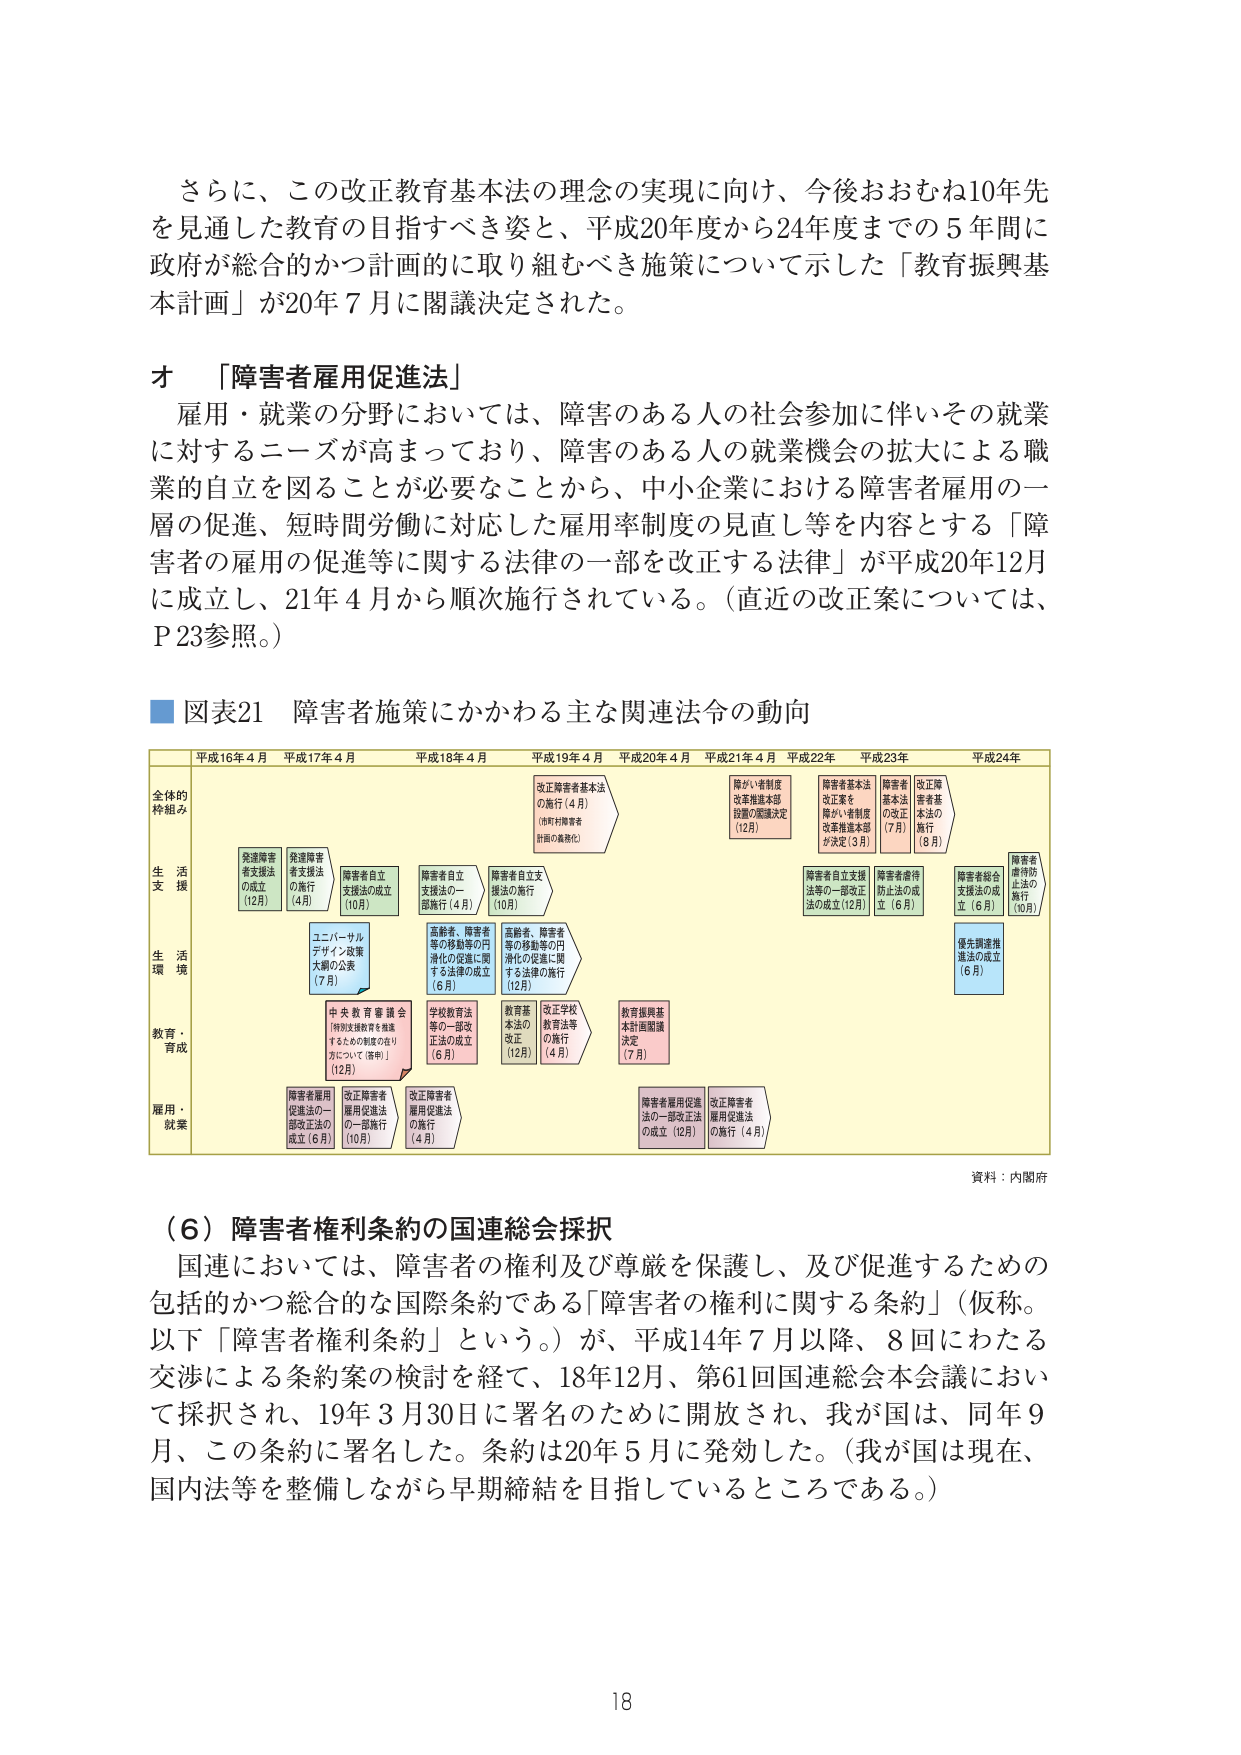
さらに、この改正教育基本法の理念の実現に向け、今後おおむね10年先を見通した教育の目指すべき姿と、平成20年度から24年度までの5年間に政府が総合的かつ計画的に取り組むべき施策について示した「教育振興基本計画」が20年7月に閣議決定された。

オ 「障害者雇用促進法」
雇用・就業の分野においては、障害のある人の社会参加に伴いその就業に対するニーズが高まっており、障害のある人の就業機会の拡大による職業的自立を図ることが必要なことから、中小企業における障害者雇用の一層の促進、短時間労働に対応した雇用率制度の見直し等を内容とする「障害者の雇用の促進等に関する法律の一部を改正する法律」が平成20年12月に成立し、21年4月から順次施行されている。（直近の改正案については、P23参照。）

■ 図表21 障害者施策にかかわる主な関連法令の動向

平成16年4月 平成17年4月 平成18年4月 平成19年4月 平成20年4月 平成21年4月 平成22年 平成23年 平成24年

全体的枠組み

生活支援
全障害者支援法の成立（12月）
発達障害者支援法の施行（4月）
障害者自立支援法の成立（10月）
障害者自立支援法の一部施行（4月）
障害者自立支援法の施行（10月）
改正障害者基本法の施行（4月）（市町村障害者計画の義務化）
障がい者制度改革推進本部設置の閣議決定（12月）
障害者基本法改正案を障がい者制度改革推進本部が決定（3月）
障害者基本法の改正（7月）
改正障害者基本法の施行（8月）
障害者虐待防止法の施行（10月）

生活環境
ユニバーサルデザイン政策大綱の公表（7月）
高齢者、障害者等の移動等の円滑化の促進に関する法律の成立（6月）
高齢者、障害者等の移動等の円滑化の促進に関する法律の施行（12月）
障害者自立支援法等の一部改正法の成立（12月）
障害者虐待防止法の成立（6月）
障害者総合支援法の成立（6月）
優先調達推進法の成立（6月）

教育・育成
中央教育審議会「特別支援教育を推進するための制度の在り方について（答申）」（12月）
学校教育法等の一部改正法の成立（6月）
教育基本法の改正（12月）
改正学校教育法等の施行（4月）
教育振興基本計画閣議決定（7月）

雇用・就業
障害者雇用促進法の一部改正法の成立（6月）
改正障害者雇用促進法の施行（10月）
改正障害者雇用促進法の施行（4月）
障害者雇用促進法の一部改正法の成立（12月）
改正障害者雇用促進法の施行（4月）

資料：内閣府

（6）障害者権利条約の国連総会採択
国連においては、障害者の権利及び尊厳を保護し、及び促進するための包括的かつ総合的な国際条約である「障害者の権利に関する条約」（仮称。以下「障害者権利条約」という。）が、平成14年7月以降、8回にわたる交渉による条約案の検討を経て、18年12月、第61回国連総会本会議において採択され、19年3月30日に署名のために開放され、我が国は、同年9月、この条約に署名した。条約は20年5月に発効した。（我が国は現在、国内法等を整備しながら早期締結を目指しているところである。）

18